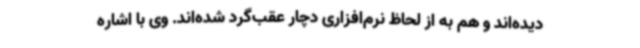
دیده‌اند و هم به از لحاظ نرم‌افزاری دچار عقب‌گرد شده‌اند. وی با اشاره